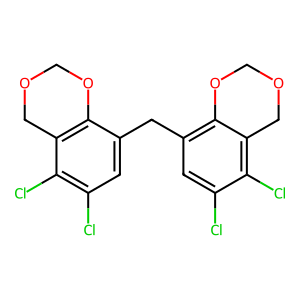
SMILES: Clc1cc(Cc2cc(Cl)c(Cl)c3c2OCOC3)c2c(c1Cl)COCO2
Inhibits HIV replication: No